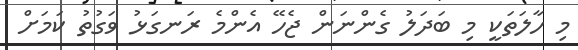
މި ހާލަތަކީ މި ބަދަލު ގެންނަން ޖެހޭ އެންމެ ރަނގަޅު ވަގުތު ކަމަށް